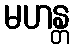
မဟန္တ